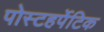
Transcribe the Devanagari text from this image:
पोस्टहर्पेटिक